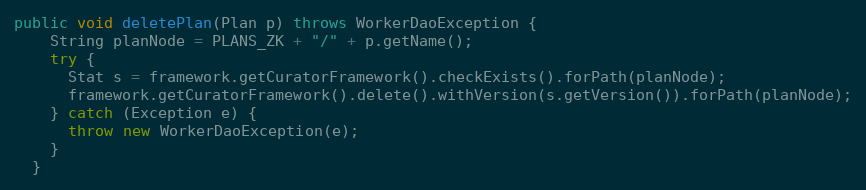
Language: Java
public void deletePlan(Plan p) throws WorkerDaoException {
    String planNode = PLANS_ZK + "/" + p.getName();
    try {
      Stat s = framework.getCuratorFramework().checkExists().forPath(planNode);
      framework.getCuratorFramework().delete().withVersion(s.getVersion()).forPath(planNode);
    } catch (Exception e) {
      throw new WorkerDaoException(e);
    }
  }